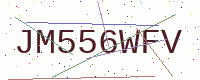
Text: JM556WFV